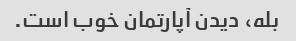
بله، دیدن آپارتمان خوب است.